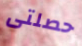
حصلتى